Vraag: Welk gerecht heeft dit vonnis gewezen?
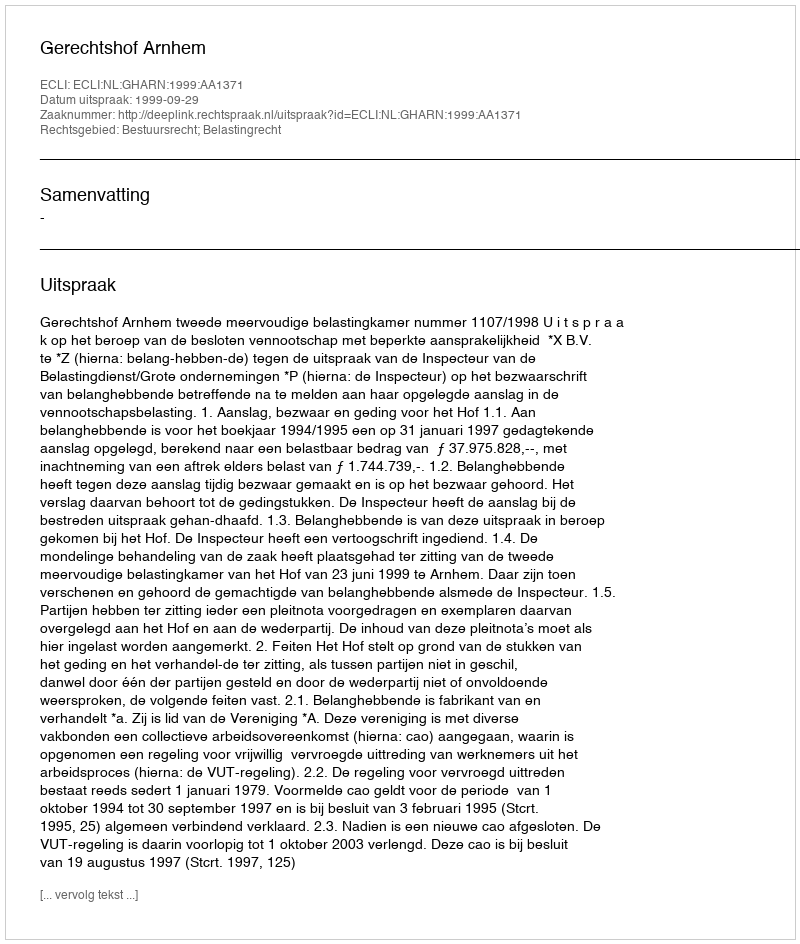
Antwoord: Gerechtshof Arnhem